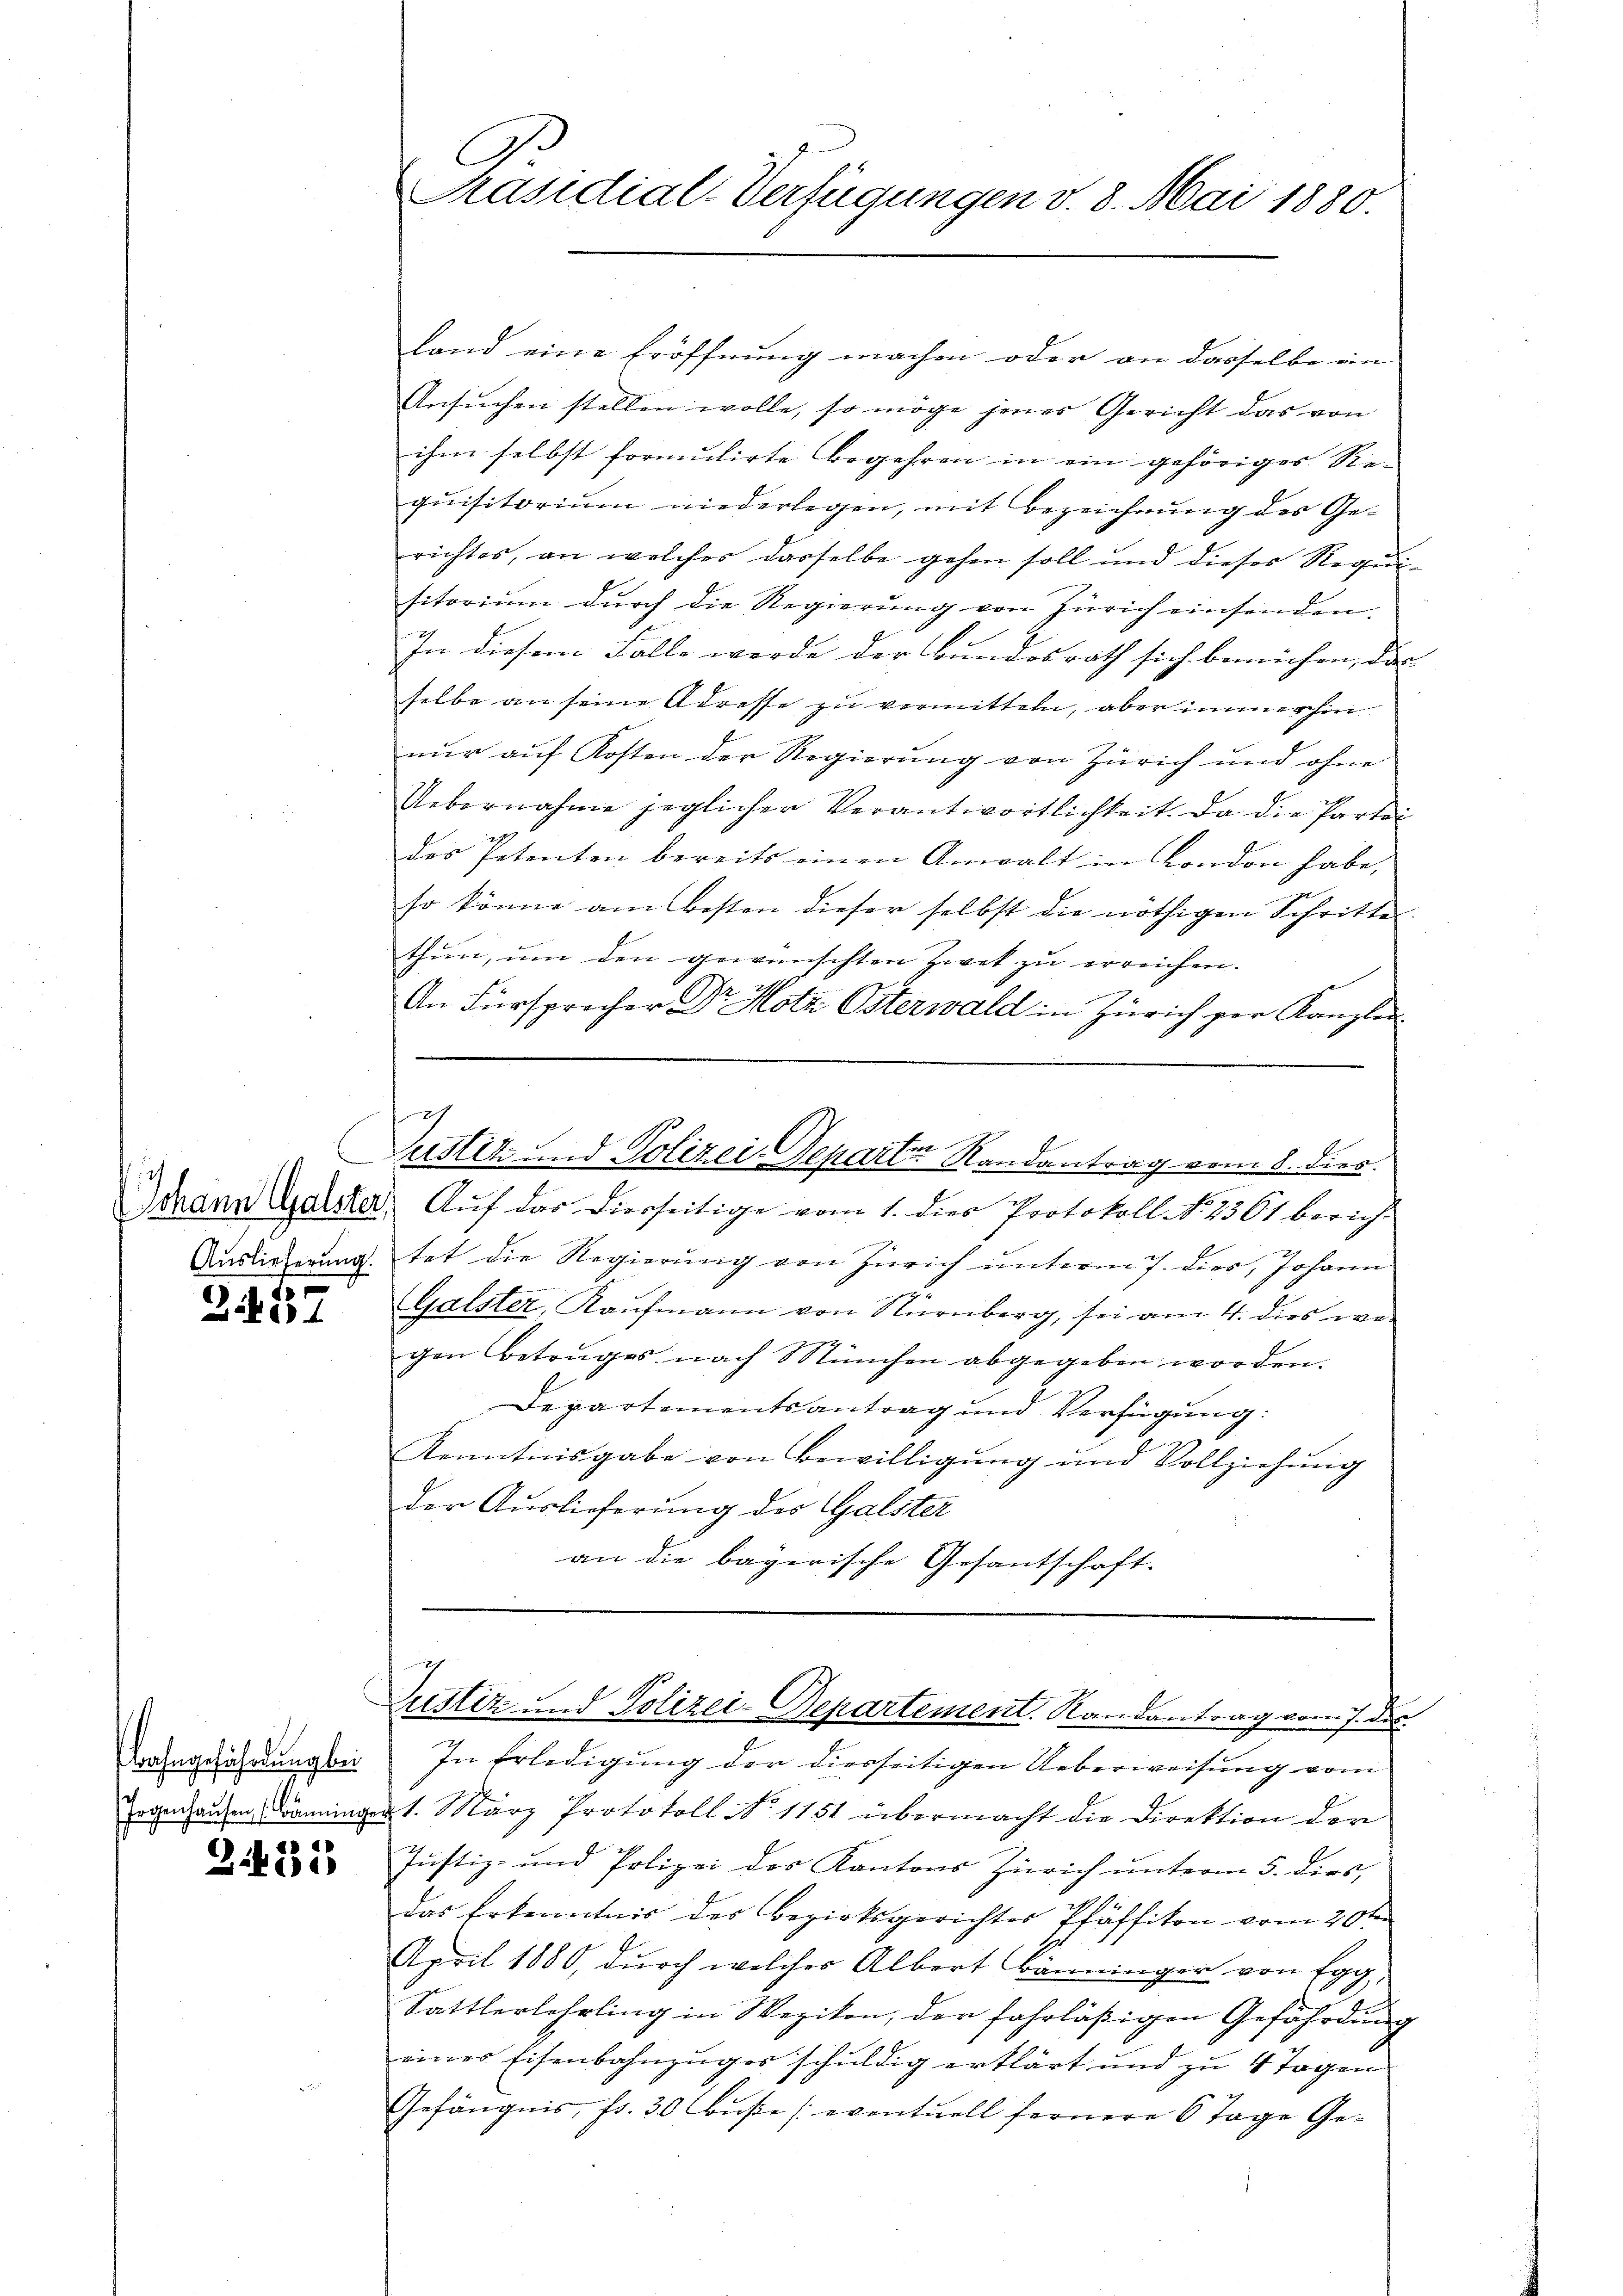
or

247

Bahngefährdung bei

231

C
Präsidial-Verfügungen v. 8. Mai 1880.

land eine Eröffnung machen oder an dasselbe ein
Ansuchen stellen wolle, so möge jenes Gericht das von
ihm selbst formulirte Begehren in ein gehöriges Requisitorium niederlegen, mit Bezeichnung des Gerichtes, an welcher dasselbe gehen soll und dieses Requisitorium durch die Regierung von Zürich einsenden.
In diesem Falle werde der Bundesrath sich bemühen, das
selbe an seine Adresse zu vermitteln, aber immerhin
nur auf Kosten der Regierung von Zürich und ohne
Uebernahme jeglicher Verantwortlichkeit. Da die Partei
des Petenten bereits einen Anwalt in London habe,
so könne am Besten dieser selbst die nöthigen Schritte
thun, um den gewünschten Zwek zu erreichen.
An Fürsprecher Dr. Hotz Österwald in Zürich per Kanzlei
e
l
Justiz und Polizei-Depari-Randantrag vom 8. dies.
dann Gaister, Auf das Dierseitige vom 1. dies Protokoll N. 2561 berich-
Auslieferung tat die Regierung von Zürich unterm 7. dier, Johann
Galster, Kaufmann von Nürnberg, sei am 4. dies wegen Betruges nach München abgegeben worden.
Departementsantrag und Verfügung:
Kenntnisgabe von Bewilligung und Vollziehung
der Auslieferung des Galster
an die bayerische Gesantschaft.

Zustiz und Polizei-Departement. Randantrag vom 7. des

In Erledigung der diesseitigen Ueberweisung vom
Zogenhausen Danninger 1. März Protokoll No 1151 übermacht die Direktion der
Justiz- und Polizei des Kantons Zürich unterm 5. dies,
das Erkenntnis des Bezirksgerichter Pfäffikon vom 20ten
April 1880, durch welches Albert Bänninger von Egg,
Sattlerlehrling in Wezikon, der fahrläßigen Gefährdung
eines Eisenbahnzuges schuldig erklärt und zu 4 Tagen
Gefängnis, fr. 30 Buße (eventuell fernere 6 Tage Ge¬